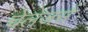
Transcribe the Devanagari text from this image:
चेलेंजर्स